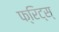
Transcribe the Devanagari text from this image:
फ्रिट्स्